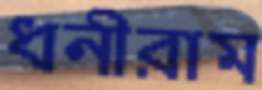
ধনীরাম